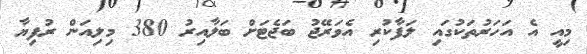
މިއީ އެ އަހަރުތަކުގައި ލަފާކުރި އެވަރޭޖު ބަޖެޓަށް ބަލާއިރު 380 މިލިއަން ރުފިޔާ